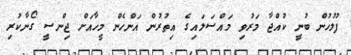
ފުލުހުން ބުނީ ކުއްޖާ މަރުވި މައްސަލައިގެ އިތުރުން އަންހެން މީހާއަށް ޖިންސީ ގޯނާކުރި